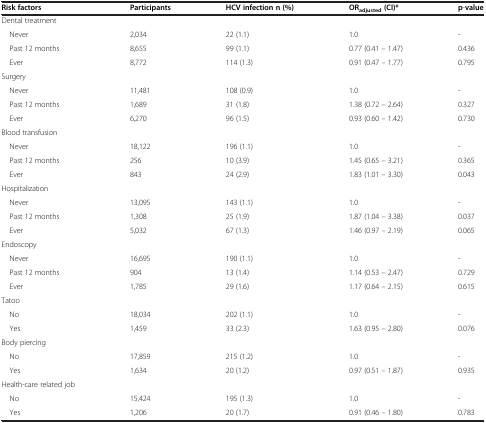
<table><thead><tr><td><b>Risk factors</b></td><td><b>Participants</b></td><td><b>HCV infection n (%)</b></td><td><b>OR<sub>adjusted </sub>(CI)*</b></td><td><b>p-value</b></td></tr></thead><tbody><tr><td>Dental treatment</td><td> </td><td> </td><td> </td><td> </td></tr><tr><td> Never</td><td>2,034</td><td>22 (1.1)</td><td>1.0</td><td>-</td></tr><tr><td> Past 12 months</td><td>8,655</td><td>99 (1.1)</td><td>0.77 (0.41 – 1.47)</td><td>0.436</td></tr><tr><td> Ever</td><td>8,772</td><td>114 (1.3)</td><td>0.91 (0.47 – 1.77)</td><td>0.795</td></tr><tr><td>Surgery</td><td> </td><td> </td><td> </td><td> </td></tr><tr><td> Never</td><td>11,481</td><td>108 (0.9)</td><td>1.0</td><td>-</td></tr><tr><td> Past 12 months</td><td>1,689</td><td>31 (1.8)</td><td>1.38 (0.72 – 2.64)</td><td>0.327</td></tr><tr><td> Ever</td><td>6,270</td><td>96 (1.5)</td><td>0.93 (0.60 – 1.42)</td><td>0.730</td></tr><tr><td>Blood transfusion</td><td> </td><td> </td><td> </td><td> </td></tr><tr><td> Never</td><td>18,122</td><td>196 (1.1)</td><td>1.0</td><td>-</td></tr><tr><td> Past 12 months</td><td>256</td><td>10 (3.9)</td><td>1.45 (0.65 – 3.21)</td><td>0.365</td></tr><tr><td> Ever</td><td>843</td><td>24 (2.9)</td><td>1.83 (1.01 – 3.30)</td><td>0.043</td></tr><tr><td>Hospitalization</td><td> </td><td> </td><td> </td><td> </td></tr><tr><td> Never</td><td>13,095</td><td>143 (1.1)</td><td>1.0</td><td>-</td></tr><tr><td> Past 12 months</td><td>1,308</td><td>25 (1.9)</td><td>1.87 (1.04 – 3.38)</td><td>0.037</td></tr><tr><td> Ever</td><td>5,032</td><td>67 (1.3)</td><td>1.46 (0.97 – 2.19)</td><td>0.065</td></tr><tr><td>Endoscopy</td><td> </td><td> </td><td> </td><td> </td></tr><tr><td> Never</td><td>16,695</td><td>190 (1.1)</td><td>1.0</td><td>-</td></tr><tr><td> Past 12 months</td><td>904</td><td>13 (1.4)</td><td>1.14 (0.53 – 2.47)</td><td>0.729</td></tr><tr><td> Ever</td><td>1,785</td><td>29 (1.6)</td><td>1.17 (0.64 – 2.15)</td><td>0.615</td></tr><tr><td>Tatoo</td><td> </td><td> </td><td> </td><td> </td></tr><tr><td> No</td><td>18,034</td><td>202 (1.1)</td><td>1.0</td><td>-</td></tr><tr><td> Yes</td><td>1,459</td><td>33 (2.3)</td><td>1.63 (0.95 – 2.80)</td><td>0.076</td></tr><tr><td>Body piercing</td><td> </td><td> </td><td> </td><td> </td></tr><tr><td> No</td><td>17,859</td><td>215 (1.2)</td><td>1.0</td><td>-</td></tr><tr><td> Yes</td><td>1,634</td><td>20 (1.2)</td><td>0.97 (0.51 – 1.87)</td><td>0.935</td></tr><tr><td>Health-care related job</td><td> </td><td> </td><td> </td><td> </td></tr><tr><td> No</td><td>15,424</td><td>195 (1.3)</td><td>1.0</td><td>-</td></tr><tr><td> Yes</td><td>1,206</td><td>20 (1.7)</td><td>0.91 (0.46 – 1.80)</td><td>0.783</td></tr></tbody></table>